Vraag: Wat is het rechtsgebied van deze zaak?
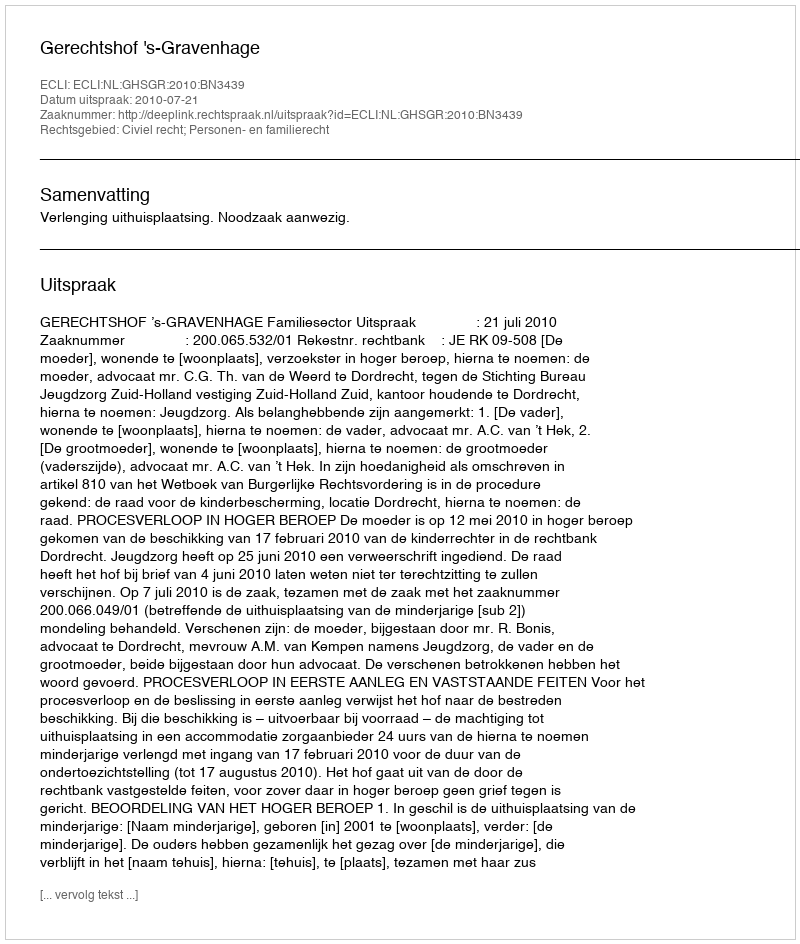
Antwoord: Civiel recht; Personen- en familierecht